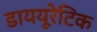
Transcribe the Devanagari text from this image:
डाययूरेटिक